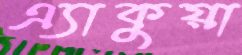
এ্যাকুয়া